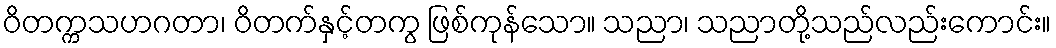
ဝိတက္ကသဟဂတာ၊ ဝိတက်နှင့်တကွ ဖြစ်ကုန်သော။ သညာ၊ သညာတို့သည်လည်းကောင်း။